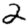
Digit: 2